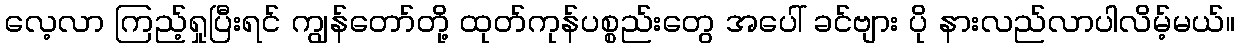
လေ့လာ ကြည့်ရှုပြီးရင် ကျွန်တော်တို့ ထုတ်ကုန်ပစ္စည်းတွေ အပေါ် ခင်ဗျား ပို နားလည်လာပါလိမ့်မယ်။